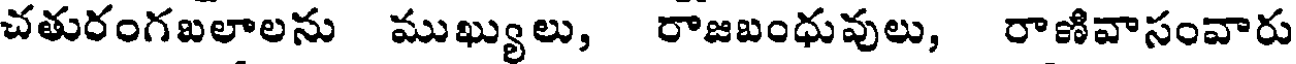
చతురంగబలాలను ముఖ్యులు, రాజబంధువులు, రాణివాసంవారు